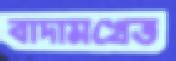
বাদামখেত